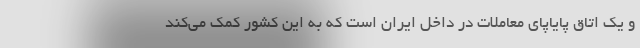
و یک اتاق پایاپای معاملات در داخل ایران است که به این کشور کمک می‌کند